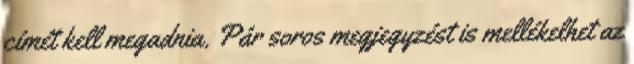
címét kell megadnia. Pár soros megjegyzést is mellékelhet az